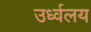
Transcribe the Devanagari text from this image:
उर्ध्वलय